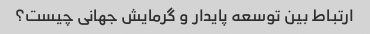
ارتباط بین توسعه پایدار و گرمایش جهانی چیست؟